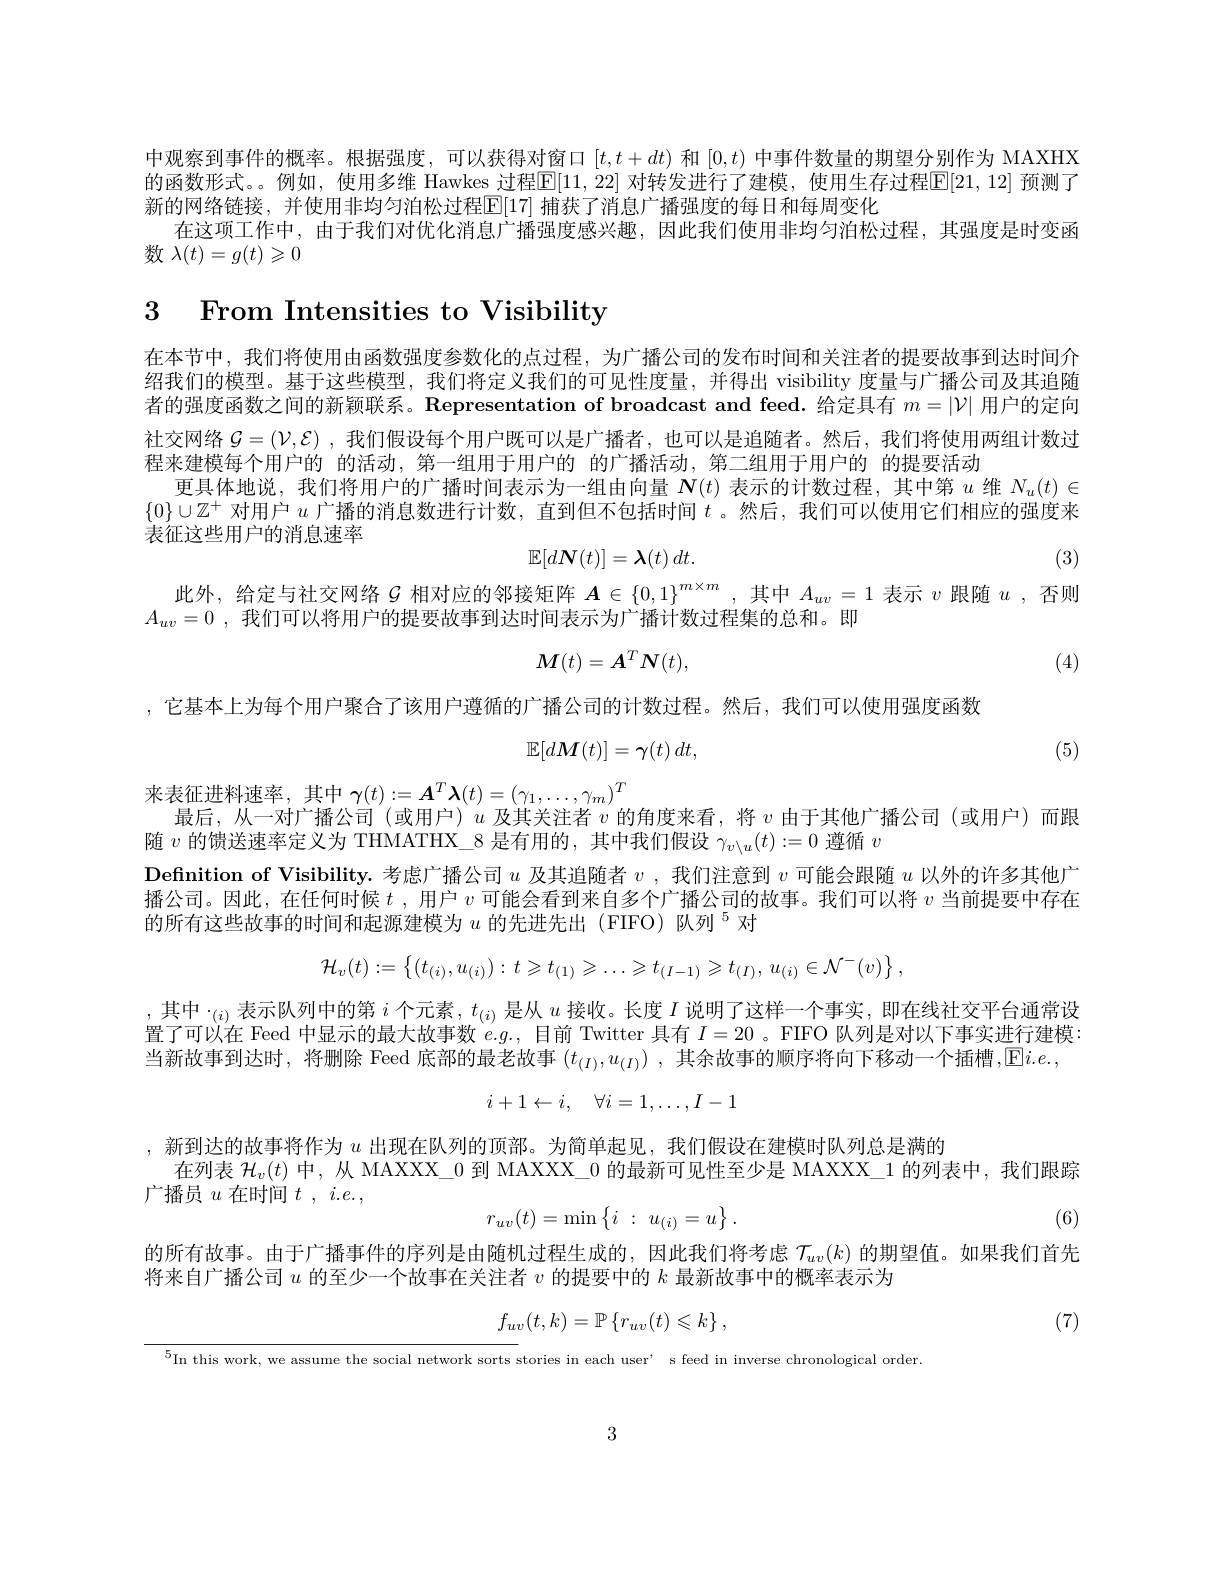
中观察到事件的概率。根据强度，可以获得对窗口$[t,t+dt)$和$[0,t)$中事件数量的期望分别作为 MAXHX 的函数形式。。例如，使用多维 Hawkes 过程$\mathbb{E}[11,22]$ 对转发进行了建模，使用生存过程$\mathbb{E}[21,12]$ 预测了新的网络链接，并使用非均匀泊松过程$\mathbb{E}[17]$ 捕获了消息广播强度的每日和每周变化
在这项工作中，由于我们对优化消息广播强度感兴趣，因此我们使用非均匀泊松过程，其强度是时变函
数$\lambda(t)=g(t)\geqslant0$

3 From Intensities to Visibility

在本节中，我们将使用由函数强度参数化的点过程，为广播公司的发布时间和关注者的提要故事到达时间介绍我们的模型。基于这些模型，我们将定义我们的可见性度量，并得出 visibility 度量与广播公司及其追随者的强度函数之间的新颖联系。Representation of broadcast and feed. 给定具有$m=|\mathcal{V}|$用户的定向社交网络$\mathcal{G}=(\mathcal{V},\mathcal{E})$ ,我们假设每个用户既可以是广播者，也可以是追随者。然后，我们将使用两组计数过程来建模每个用户的 的活动，第一组用于用户的 的广播活动，第二组用于用户的 的提要活动
更具体地说，我们将用户的广播时间表示为一组由向量$\boldsymbol{N}(t)$表示的计数过程，其中第$u$维$N_u(t)\in$ $\{0\}\cup\mathbb{Z}^+$对用户$u$广播的消息数进行计数，直到但不包括时间$t$ 。然后，我们可以使用它们相应的强度来表征这些用户的消息速率
$$\mathbb{E}[d\boldsymbol{N}(t)]=\boldsymbol{\lambda}(t)\:dt.$$
(3)

此外，给定与社交网络$\mathcal{G}$相对应的邻接矩阵$A\in\{0,1\}^m\times m$ ,其中$A_{uv}=1$表示$v$跟随$u$ ,否则
$A_{uv}=0$ ,我们可以将用户的提要故事到达时间表示为广播计数过程集的总和。即
$$M(t)=A^TN(t),$$
(4)

,它基本上为每个用户聚合了该用户遵循的广播公司的计数过程。然后，我们可以使用强度函数
$$\mathbb{E}[dM(t)]=\gamma(t)\:dt,$$
(5)

来表征进料速率，其中$\gamma(t):=\boldsymbol{A}^T\boldsymbol{\lambda}(t)=(\gamma_1,\ldots,\gamma_m)^T$
最后，从一对广播公司(或用户)$u$及其关注者$v$的角度来看，将$\upsilon$由于其他广播公司(或用户)而跟
随$v$的馈送速率定义为 THMATHX\_8 是有用的，其中我们假设$\gamma_{v\setminus u}(t):=0$遵循$v$
$\textbf{Definition of Visibility. 考 虑 广 播 公 司 }u$及其追随者$v$,我们注意到$v$可能会跟随$u$以外的许多其他广播公司。因此，在任何时候$t$ ,用户$v$可能会看到来自多个广播公司的故事。我们可以将$v$当前提要中存在的所有这些故事的时间和起源建模为$u$的先进先出(FIFO)队列$^5$对
$$\mathcal{H}_{v}(t):=\left\{(t_{(i)},u_{(i)}):t\geqslant t_{(1)}\geqslant\ldots\geqslant t_{(I-1)}\geqslant t_{(I)},\:u_{(i)}\in\mathcal{N}^{-}(v)\right\},$$
,其中$\cdot_(i)$表示队列中的第$i$个元素$,t_(i)$ 是从 $u$ 接收。长度 $I$ 说明了这样一个事实，即在线社交平台通常设，其中$\cdot_(i)$表示队列中的第$i$ 个元素$,t_(i)$ 是从 $u$ 接收。长度 $I$ 说明了这样一个事实，即在线社交平台通常设置了可以在 Feed 中显示的最大故事数$e.g.$,目前 Twitter 具有$I=20$ 。FIFO 队列是对以下事实进行建模： 当新故事到达时，将删除 Feed 底部的最老故事 $(t_(I),u_{(I)})$ ,其余故事的顺序将向下移动一个插槽，回$i.e.$,
$$i+1\leftarrow i,\quad\forall i=1,\dots,I-1$$
,新到达的故事将作为$u$出现在队列的顶部。为简单起见，我们假设在建模时队列总是满的
在列表$\mathcal{H}_v(t)$中，从 MAXXX\_0 到 MAXXX\_0 的最新可见性至少是 MAXXX\_1 的列表中，我们跟踪
广播员$u$在时间$t,i.e.$,
$$r_{uv}(t)=\min\begin{Bmatrix}i&:&u_{(i)}=u\end{Bmatrix}.$$
(6)

的所有故事。由于广播事件的序列是由随机过程生成的，因此我们将考虑$\mathcal{T}_{uv}(k)$的期望值。如果我们首先
将来自广播公司$u$的至少一个故事在关注者$v$的提要中的$k$最新故事中的概率表示为

(7)
$$f_{uv}(t,k)=\mathbb{P}\left\{r_{uv}(t)\leqslant k\right\},$$
$^{5}$In this work, we assume the social network sorts stories in each user' s feed in inverse chronological order

3